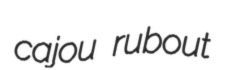
cajou rubout